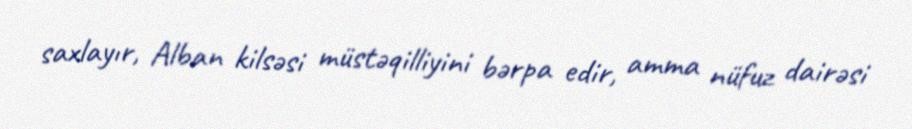
saxlayır, Alban kilsəsi müstəqilliyini bərpa edir, amma nüfuz dairəsi